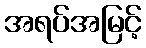
အရပ်အမြင့်